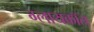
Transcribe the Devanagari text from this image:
ग्लायकॉल